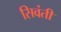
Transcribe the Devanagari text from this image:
सिवंती